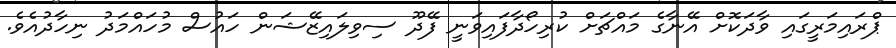
ޕްރައިމަރީގައި ވާދަކޮށް އޭނާގެ މައްޗަށް ކުރިހޯދާފައިވަނީ ފޭދޫ ސިވިލައިޒޭޝަން ހައުސް މުހައްމަދު ނިހާދުއެވެ.